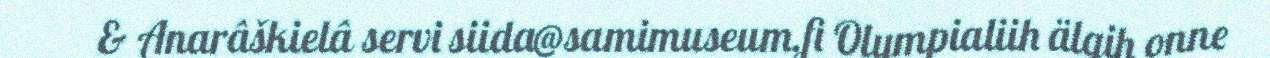
& Anarâškielâ servi siida@samimuseum.fi Olympialiih älgih onne